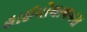
હાઈપોથાલમસ